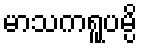
မာသကရူပမ္ပိ